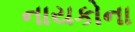
નાયકોના